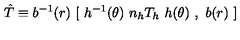
\hat { T } \equiv b ^ { - 1 } ( r ) \ { \mathrm { \bf [ } \ h ^ { - 1 } ( \theta ) \ n _ { h } T _ { h } \ h ( \theta ) \ , \ b ( r ) \ \mathrm { \bf ] } }